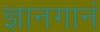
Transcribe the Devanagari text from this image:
ज्ञानगानं